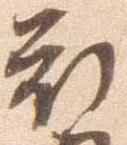
被